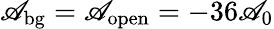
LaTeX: \mathscr{A}_{\mathrm{{bg}}}=\mathscr{A}_{\mathrm{{open}}}=-36\mathscr{A}_{0}